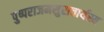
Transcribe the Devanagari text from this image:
पुष्पराजमसुराचार्यस्य